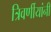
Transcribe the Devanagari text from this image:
त्रिवर्णीयांनी